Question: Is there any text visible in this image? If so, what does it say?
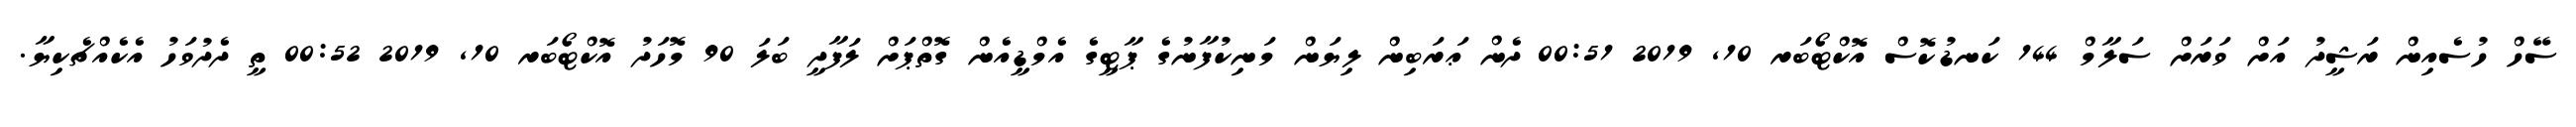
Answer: ސޭހް ހުސެއިން ރަޝީދު އަށް ވަރަށް ސަލާމް 144 ކަނޑުކޮސް އޮކްޓޯބަރ 10, 2019 00:51 ދެން ޢަރަބިން ލިޔަން މަނިކުފާނުގެ ޕާޓީގެ އެމްޑީއެން ގޮތްޕަށް ލަފާދީ ބަލަ 90 މޮހަދު އޮކްޓޯބަރ 10, 2019 00:52 ތީ ދެދުވަހު އެކެއްޗެކިޔާ.